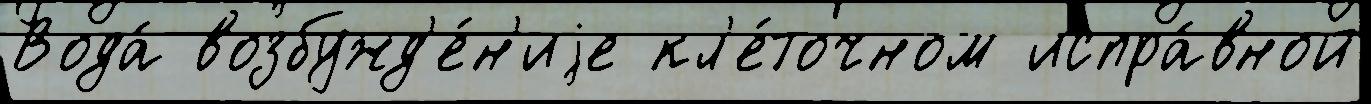
Вода́ возбужд'е́н'иjе кл'е́точном испра́вной